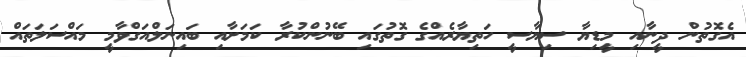
އެގޮތުން ދީނާއި މީޑިޔާ ސިޔާސީ ހަތިޔާރެއްގެ ގޮތުގައި ބޭނުންކުރާ ކަމަށާއި ބައިނަލްއަގްވާމީ މައްސަލަތައް